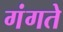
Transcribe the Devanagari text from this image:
गंगते